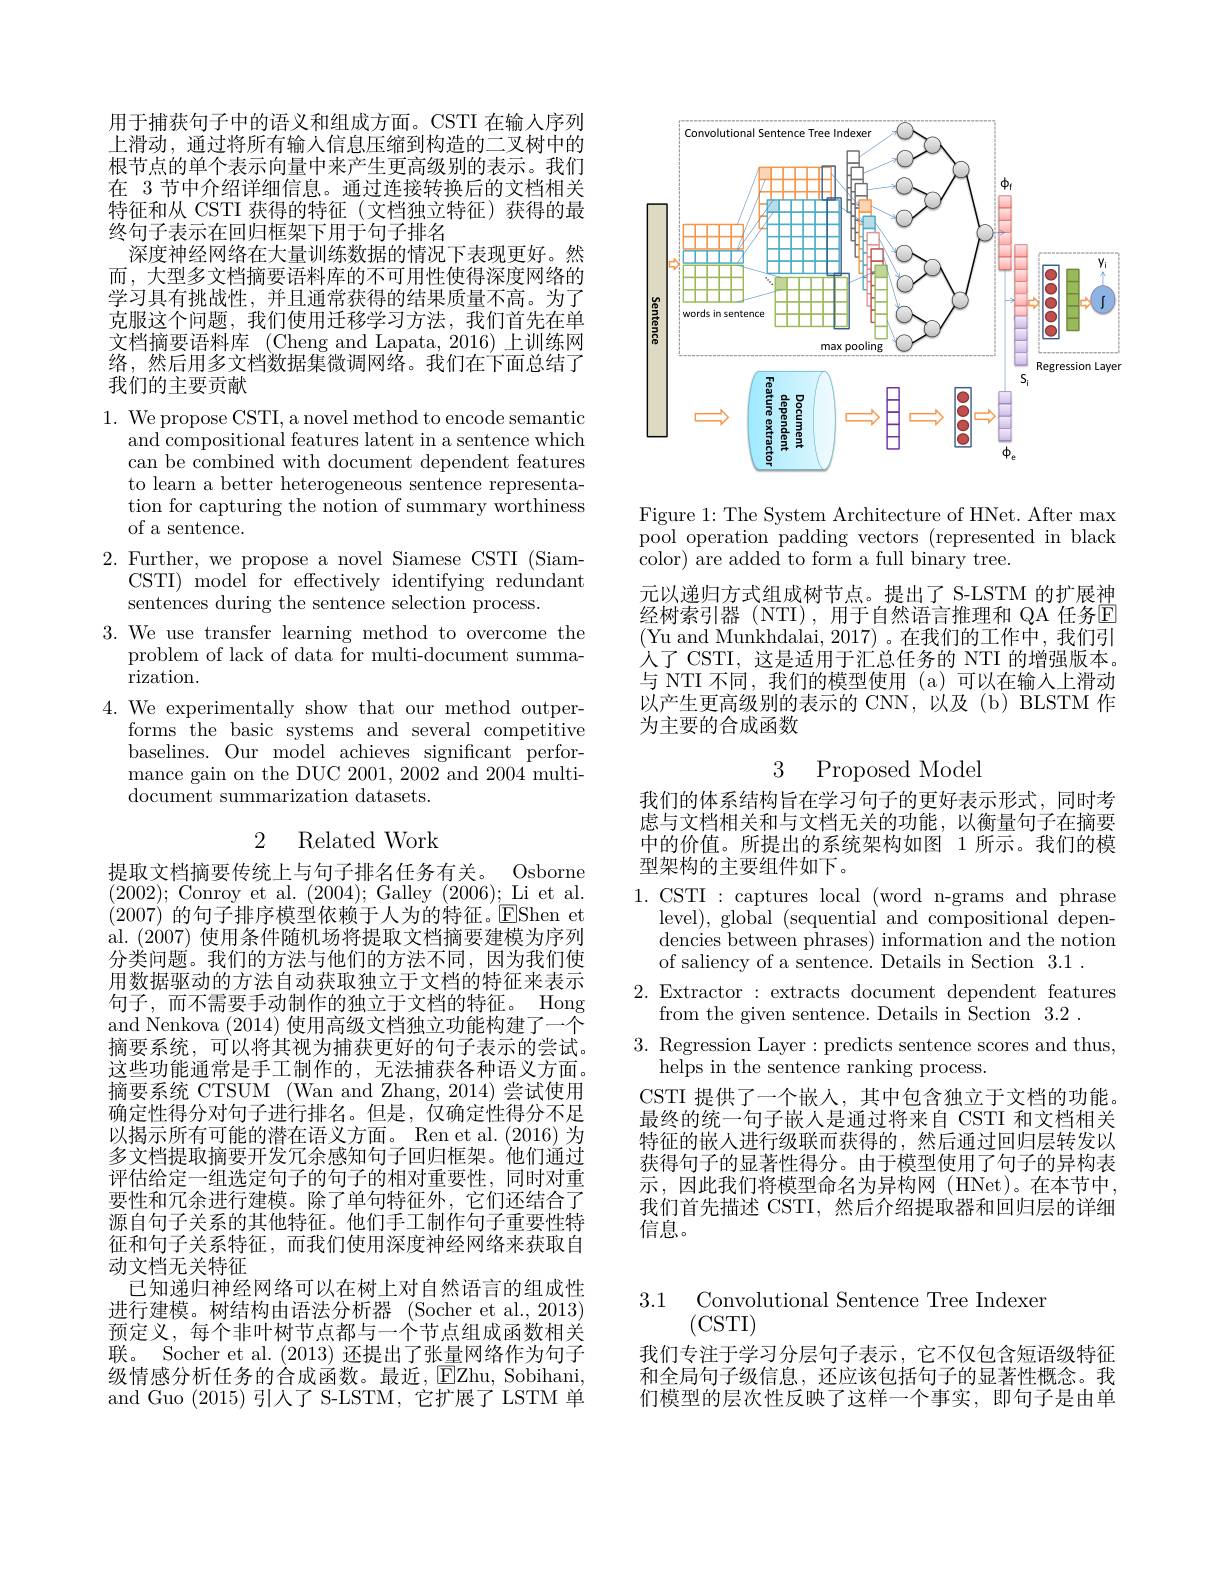
用于捕获句子中的语义和组成方面。CSTI 在输人序列上滑动，通过将所有输入信息压缩到构造的二叉树中的根节点的单个表示向量中来产生更高级别的表示。我们在 3 节中介绍详细信息。通过连接转换后的文档相关特征和从 CSTI 获得的特征(文档独立特征)获得的最终句子表示在回归框架下用于句子排名
深度神经网络在大量训练数据的情况下表现更好。然而，大型多文档摘要语料库的不可用性使得深度网络的学习具有挑战性，并且通常获得的结果质量不高。为了克服这个问题，我们使用迁移学习方法，我们首先在单文档摘要语料库 (Cheng and Lapata, 2016) 上训练网络，然后用多文档数据集微调网络。我们在下面总结了我们的主要贡献

1. We propose CSTI, a novel method to encode semantic
and compositional features latent in a sentence which can be combined with document dependent features to learn a better heterogeneous sentence representation for capturing the notion of summary worthiness of a sentence.
2. Further, we propose a novel Siamese CSTI (Siam-
CSTI) model for effectively identifying redundant
sentences during the sentence selection process.
3. We use transfer learning method to overcome the
problem of lack of data for multi-document summa-
rization.
4. We experimentally show that our method outper-
forms the basic systems and several competitive baselines. Our model achieves significant performance gain on the DUC 2001, 2002 and 2004 multi- $\bar{\text{document summarization datasets.}}$

## 2 Related Work

提取文档摘要传统上与句子排名任务有关。
Osborne
(2002);Conroy et al.(2004);Galley(2006);Li et al. (2007)的句子排序模型依赖于人为的特征。$\overline{\mathrm{E}}$Shen et al. (2007) 使用条件随机场将提取文档摘要建模为序列分类问题。我们的方法与他们的方法不同，因为我们使用数据驱动的方法自动获取独立于文档的特征来表示句子，而不需要手动制作的独立于文档的特征。Hong and Nenkova (2014) 使用高级文档独立功能构建了一个摘要系统，可以将其视为捕获更好的句子表示的尝试。这些功能通常是手工制作的，无法捕获各种语义方面。摘要系统 CTSUM (Wan and Zhang, 2014) 尝试使用确定性得分对句子进行排名。但是，仅确定性得分不足以揭示所有可能的潜在语义方面。Ren et al.(2016) 为多文档提取摘要开发冗余感知句子回归框架。他们通过评估给定一组选定句子的句子的相对重要性，同时对重要性和冗余进行建模。除了单句特征外，它们还结合了源自句子关系的其他特征。他们手工制作句子重要性特征和句子关系特征，而我们使用深度神经网络来获取自动文档无关特征
已知递归神经网络可以在树上对自然语言的组成性进行建模。树结构由语法分析器 (Socher et al.,2013) 预定义，每个非叶树节点都与一个节点组成函数相关联。Socher et al. (2013)还提出了张量网络作为句子级情感分析任务的合成函数。最近，$\operatorname{EZhu,}$ Sobihani, and Guo (2015)引人了 S-LSTM, 它扩展了 LSTM 单

<FigureHere>

Figure 1: The System Architecture of HNet. After max pool operation padding vectors (represented in black color) are added to form a full binary tree.

元以递归方式组成树节点。提出了 S-LSTM 的扩展神经树索引器(NTI),用于自然语言推理和QA 任务$\overline{\mathrm{E}}$ (Yu and Munkhdalai, 2017)。在我们的工作中，我们引入了 CSTI, 这是适用于汇总任务的 NTI 的增强版本。与 NTI 不同，我们的模型使用 (a)可以在输入上滑动以产生更高级别的表示的 CNN, 以及 (b) BLSTM 作为主要的合成函数

3 Proposed Model

我们的体系结构旨在学习句子的更好表示形式，同时考虑与文档相关和与文档无关的功能，以衡量句子在摘要中的价值。所提出的系统架构如图 1 所示。我们的模型架构的主要组件如下。

1.CSTI:captures local$\allowbreak ( {\mathrm{mod}} $n- grams and phrase)
level), global (sequential and compositional dependencies between phrases) information and the notion of saliency of a sentence. Details in Section 3.1.
2. Extractor : extracts document dependent features
from the given sentence. Details in Section 3.2 .
3. Regression Layer:predicts sentence scores and thus,
$\bar{\text{helps in the sentence ranking process}}$
CSTI 提供了一个嵌入，其中包含独立于文档的功能。最终的统一句子嵌人是通过将来自 CSTI 和文档相关特征的嵌入进行级联而获得的，然后通过回归层转发以获得句子的显著性得分。由于模型使用了句子的异构表示，因此我们将模型命名为异构网(HNet)。在本节中我们首先描述 CSTI, 然后介绍提取器和回归层的详细信息。

3.1 Convolutional Sentence Tree Indexer
# (CSTI)

我们专注于学习分层句子表示，它不仅包含短语级特征和全局句子级信息，还应该包括句子的显著性概念。我们模型的层次性反映了这样一个事实，即句子是由单